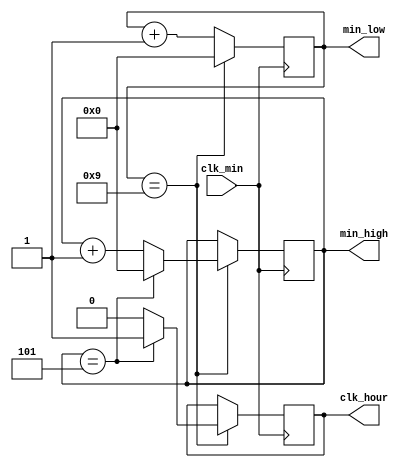
`timescale 1ns / 1ps
//////////////////////////////////////////////////////////////////////////////////
// Company: 
// Engineer: 
// 
// Design Name: 
// Module Name:    m_gen_min 
// Project Name: 
// Target Devices: 
// Tool versions: 
// Description: 
//
// Dependencies: 
//
// Revision: 
// Revision 0.01 - File Created
// Additional Comments: 
//
//////////////////////////////////////////////////////////////////////////////////
module m_gen_min(clk_min,clk_hour,min_low,min_high);
input wire clk_min;
output reg clk_hour=0;
output reg[3:0] min_low=0, min_high=0;   //
reg [15:0] cnt=0;
always @(posedge clk_min) begin
     if (min_low == 9) begin
	begin min_low = 0;clk_hour=0;end /* base 10 */
         if (min_high == 5) begin
	min_high = 0; /* base 6 */
	clk_hour = 1;
        end else
	 min_high = min_high + 1;
						
        end else
	min_low = min_low + 1;
     end
endmodule